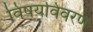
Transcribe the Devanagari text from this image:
विषयविवरण